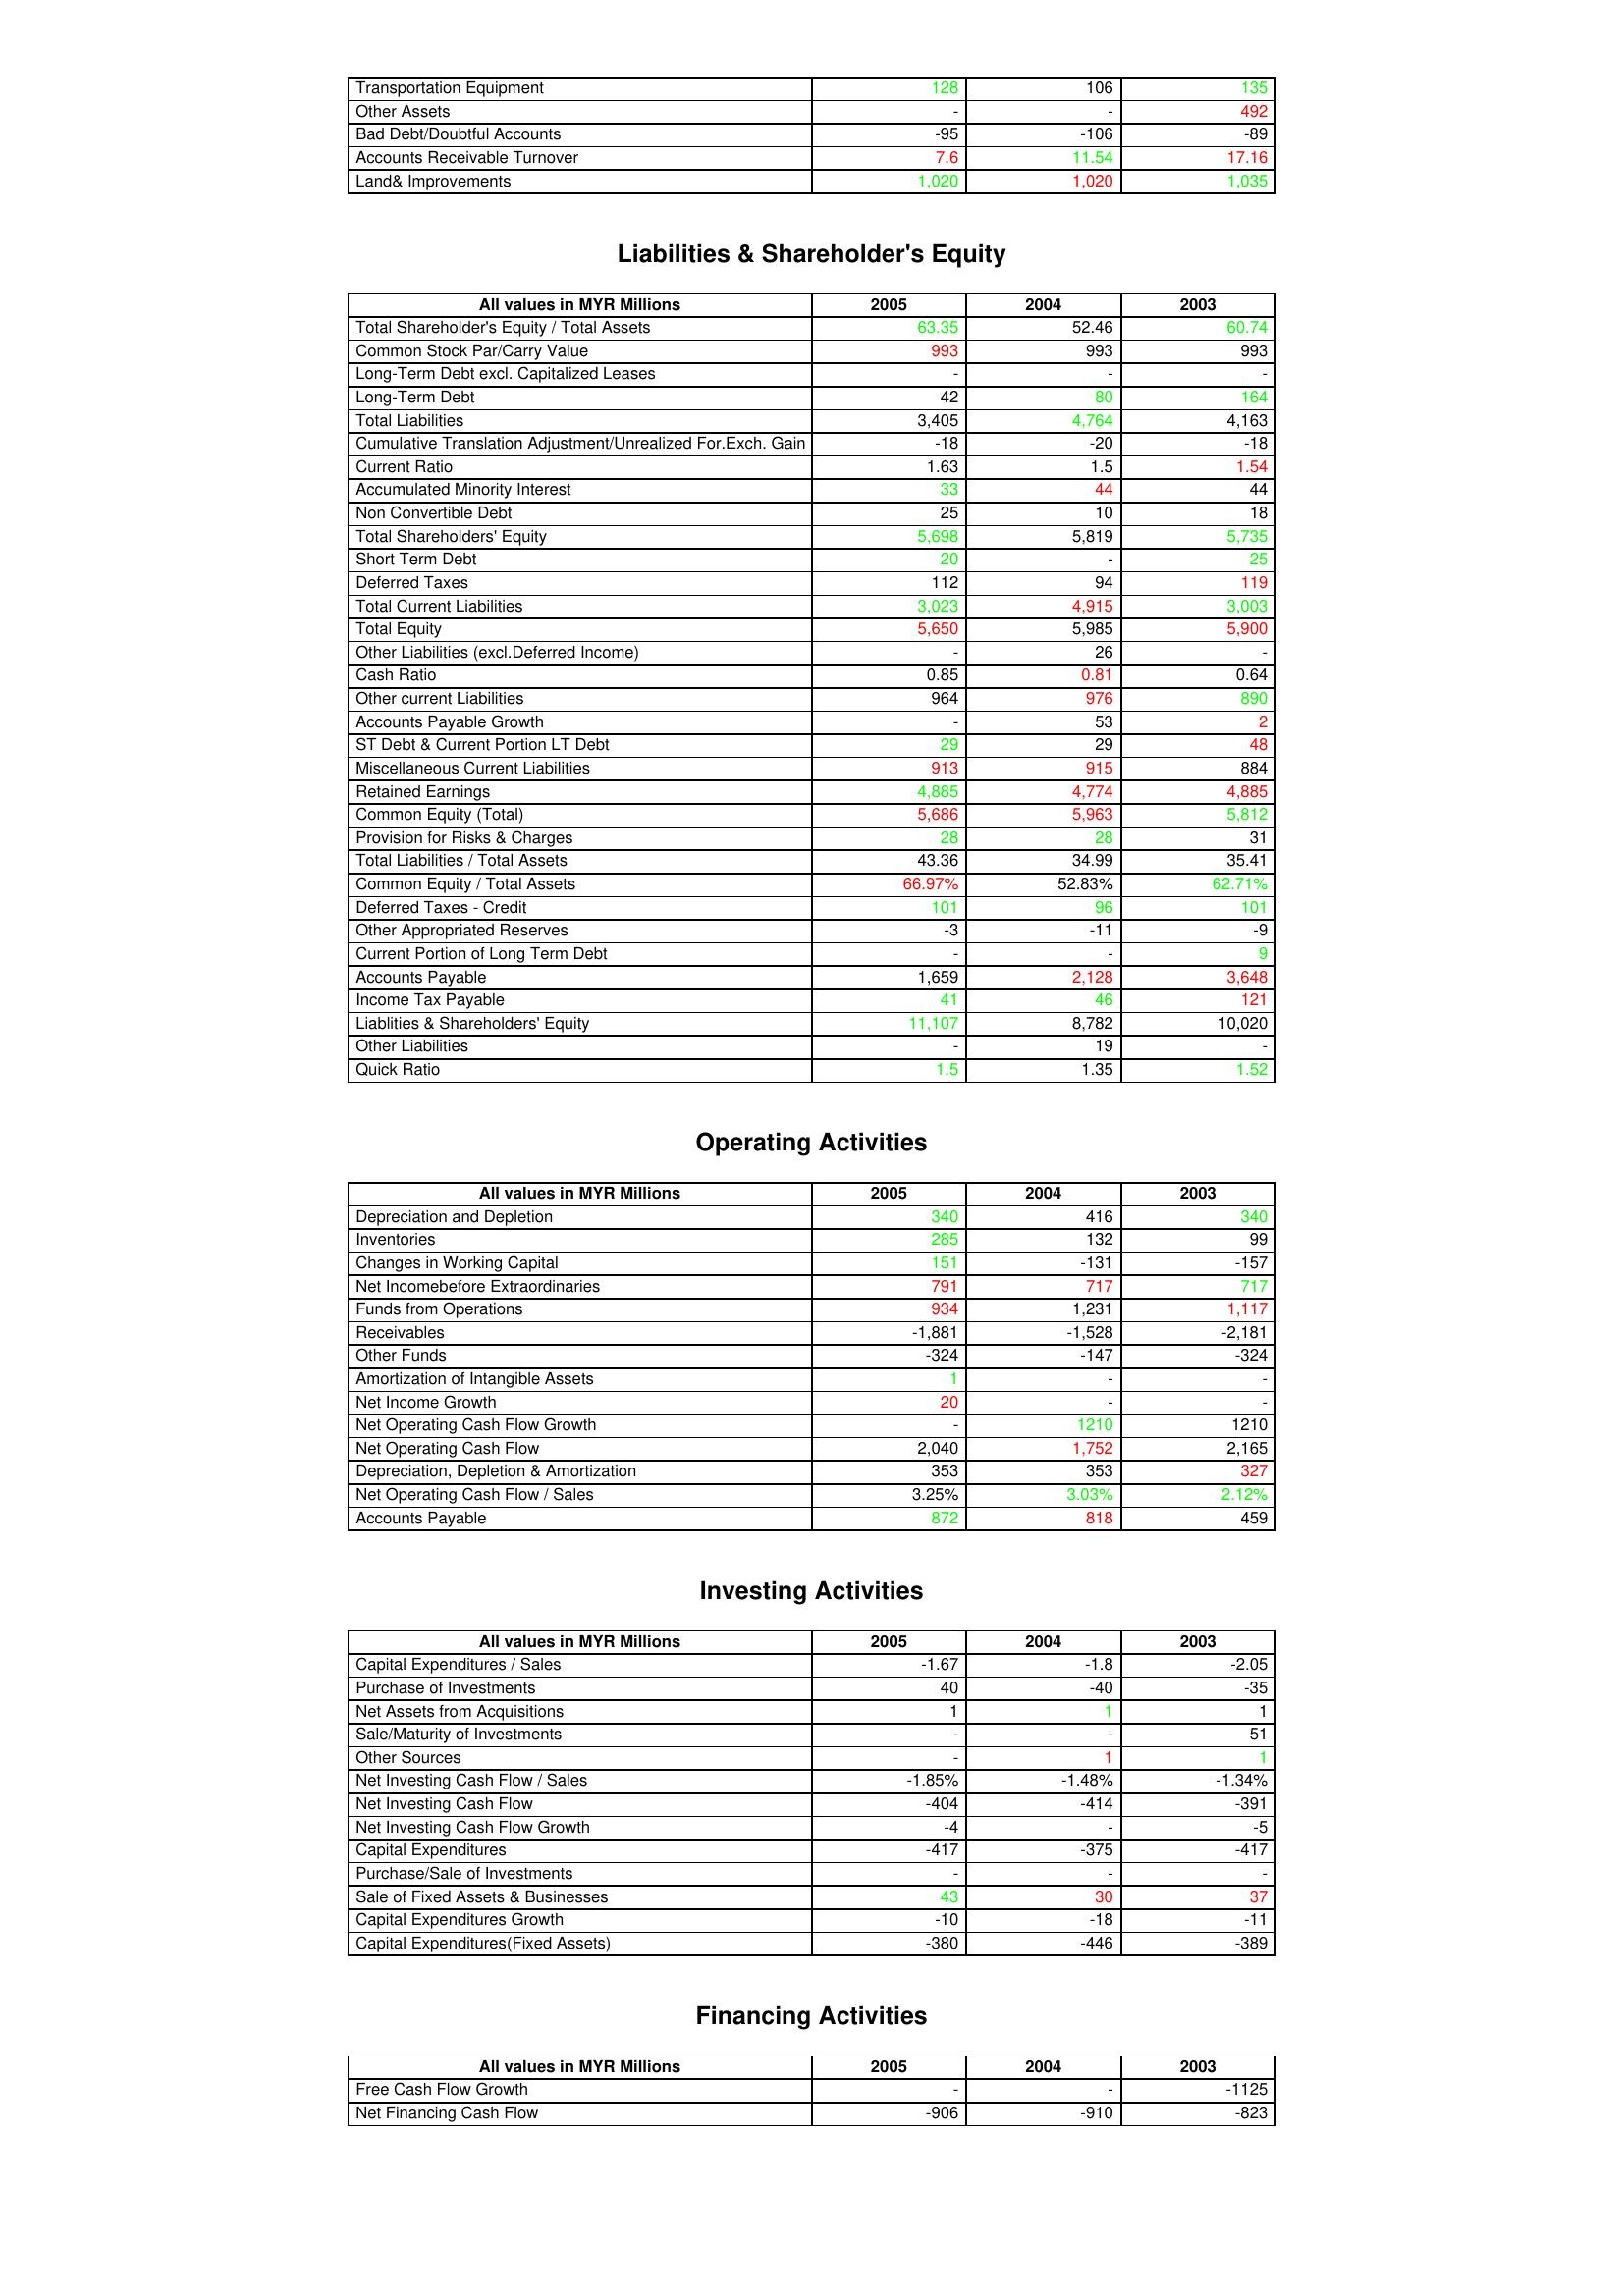
gt_parse: 2005: Assets: Transportation Equipment: 128
Other Assets: -
Bad Debt/Doubtful Accounts: -95
Accounts Receivable Turnover: 7.6
Land& Improvements: 1,020
Liabilities & Shareholder's Equity: Total Shareholder's Equity / Total Assets: 63.35
Common Stock Par/Carry Value: 993
Long-Term Debt excl. Capitalized Leases: -
Long-Term Debt: 42
Total Liabilities: 3,405
Cumulative Translation Adjustment/Unrealized For.Exch. Gain: -18
Current Ratio: 1.63
Accumulated Minority Interest: 33
Non Convertible Debt: 25
Total Shareholders' Equity: 5,698
Short Term Debt: 20
Deferred Taxes: 112
Total Current Liabilities: 3,023
Total Equity: 5,650
Other Liabilities (excl.Deferred Income): -
Cash Ratio: 0.85
Other current Liabilities: 964
Accounts Payable Growth: -
ST Debt & Current Portion LT Debt: 29
Miscellaneous Current Liabilities: 913
Retained Earnings: 4,885
Common Equity (Total): 5,686
Provision for Risks & Charges: 28
Total Liabilities / Total Assets: 43.36
Common Equity / Total Assets: 66.97%
Deferred Taxes - Credit: 101
Other Appropriated Reserves: -3
Current Portion of Long Term Debt: -
Accounts Payable: 1,659
Income Tax Payable: 41
Liablities & Shareholders' Equity: 11,107
Other Liabilities: -
Quick Ratio: 1.5
Operating Activities: Depreciation and Depletion: 340
Inventories: 285
Changes in Working Capital: 151
Net Incomebefore Extraordinaries: 791
Funds from Operations: 934
Receivables: -1,881
Other Funds: -324
Amortization of Intangible Assets: 1
Net Income Growth: 20
Net Operating Cash Flow Growth: -
Net Operating Cash Flow: 2,040
Depreciation, Depletion & Amortization: 353
Net Operating Cash Flow / Sales: 3.25%
Accounts Payable: 872
Investing Activities: Capital Expenditures / Sales: -1.67
Purchase of Investments: 40
Net Assets from Acquisitions: 1
Sale/Maturity of Investments: -
Other Sources: -
Net Investing Cash Flow / Sales: -1.85%
Net Investing Cash Flow: -404
Net Investing Cash Flow Growth: -4
Capital Expenditures: -417
Purchase/Sale of Investments: -
Sale of Fixed Assets & Businesses: 43
Capital Expenditures Growth: -10
Capital Expenditures(Fixed Assets): -380
Financing Activities: Free Cash Flow Growth: -
Net Financing Cash Flow: -906
2004: Assets: Transportation Equipment: 106
Other Assets: -
Bad Debt/Doubtful Accounts: -106
Accounts Receivable Turnover: 11.54
Land& Improvements: 1,020
Liabilities & Shareholder's Equity: Total Shareholder's Equity / Total Assets: 52.46
Common Stock Par/Carry Value: 993
Long-Term Debt excl. Capitalized Leases: -
Long-Term Debt: 80
Total Liabilities: 4,764
Cumulative Translation Adjustment/Unrealized For.Exch. Gain: -20
Current Ratio: 1.5
Accumulated Minority Interest: 44
Non Convertible Debt: 10
Total Shareholders' Equity: 5,819
Short Term Debt: -
Deferred Taxes: 94
Total Current Liabilities: 4,915
Total Equity: 5,985
Other Liabilities (excl.Deferred Income): 26
Cash Ratio: 0.81
Other current Liabilities: 976
Accounts Payable Growth: 53
ST Debt & Current Portion LT Debt: 29
Miscellaneous Current Liabilities: 915
Retained Earnings: 4,774
Common Equity (Total): 5,963
Provision for Risks & Charges: 28
Total Liabilities / Total Assets: 34.99
Common Equity / Total Assets: 52.83%
Deferred Taxes - Credit: 96
Other Appropriated Reserves: -11
Current Portion of Long Term Debt: -
Accounts Payable: 2,128
Income Tax Payable: 46
Liablities & Shareholders' Equity: 8,782
Other Liabilities: 19
Quick Ratio: 1.35
Operating Activities: Depreciation and Depletion: 416
Inventories: 132
Changes in Working Capital: -131
Net Incomebefore Extraordinaries: 717
Funds from Operations: 1,231
Receivables: -1,528
Other Funds: -147
Amortization of Intangible Assets: -
Net Income Growth: -
Net Operating Cash Flow Growth: 1210
Net Operating Cash Flow: 1,752
Depreciation, Depletion & Amortization: 353
Net Operating Cash Flow / Sales: 3.03%
Accounts Payable: 818
Investing Activities: Capital Expenditures / Sales: -1.8
Purchase of Investments: -40
Net Assets from Acquisitions: 1
Sale/Maturity of Investments: -
Other Sources: 1
Net Investing Cash Flow / Sales: -1.48%
Net Investing Cash Flow: -414
Net Investing Cash Flow Growth: -
Capital Expenditures: -375
Purchase/Sale of Investments: -
Sale of Fixed Assets & Businesses: 30
Capital Expenditures Growth: -18
Capital Expenditures(Fixed Assets): -446
Financing Activities: Free Cash Flow Growth: -
Net Financing Cash Flow: -910
2003: Assets: Transportation Equipment: 135
Other Assets: 492
Bad Debt/Doubtful Accounts: -89
Accounts Receivable Turnover: 17.16
Land& Improvements: 1,035
Liabilities & Shareholder's Equity: Total Shareholder's Equity / Total Assets: 60.74
Common Stock Par/Carry Value: 993
Long-Term Debt excl. Capitalized Leases: -
Long-Term Debt: 164
Total Liabilities: 4,163
Cumulative Translation Adjustment/Unrealized For.Exch. Gain: -18
Current Ratio: 1.54
Accumulated Minority Interest: 44
Non Convertible Debt: 18
Total Shareholders' Equity: 5,735
Short Term Debt: 25
Deferred Taxes: 119
Total Current Liabilities: 3,003
Total Equity: 5,900
Other Liabilities (excl.Deferred Income): -
Cash Ratio: 0.64
Other current Liabilities: 890
Accounts Payable Growth: 2
ST Debt & Current Portion LT Debt: 48
Miscellaneous Current Liabilities: 884
Retained Earnings: 4,885
Common Equity (Total): 5,812
Provision for Risks & Charges: 31
Total Liabilities / Total Assets: 35.41
Common Equity / Total Assets: 62.71%
Deferred Taxes - Credit: 101
Other Appropriated Reserves: -9
Current Portion of Long Term Debt: 9
Accounts Payable: 3,648
Income Tax Payable: 121
Liablities & Shareholders' Equity: 10,020
Other Liabilities: -
Quick Ratio: 1.52
Operating Activities: Depreciation and Depletion: 340
Inventories: 99
Changes in Working Capital: -157
Net Incomebefore Extraordinaries: 717
Funds from Operations: 1,117
Receivables: -2,181
Other Funds: -324
Amortization of Intangible Assets: -
Net Income Growth: -
Net Operating Cash Flow Growth: 1210
Net Operating Cash Flow: 2,165
Depreciation, Depletion & Amortization: 327
Net Operating Cash Flow / Sales: 2.12%
Accounts Payable: 459
Investing Activities: Capital Expenditures / Sales: -2.05
Purchase of Investments: -35
Net Assets from Acquisitions: 1
Sale/Maturity of Investments: 51
Other Sources: 1
Net Investing Cash Flow / Sales: -1.34%
Net Investing Cash Flow: -391
Net Investing Cash Flow Growth: -5
Capital Expenditures: -417
Purchase/Sale of Investments: -
Sale of Fixed Assets & Businesses: 37
Capital Expenditures Growth: -11
Capital Expenditures(Fixed Assets): -389
Financing Activities: Free Cash Flow Growth: -1125
Net Financing Cash Flow: -823